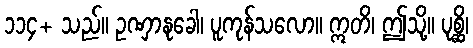
၁၁၄+ သည်။ ဥဏှာနုခေါ၊ ပူကုန်သလော။ ဣတိ၊ ဤသို့။ ပုစ္ဆိ၊